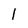
Character: 1